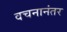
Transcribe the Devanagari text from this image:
वचनानंतर